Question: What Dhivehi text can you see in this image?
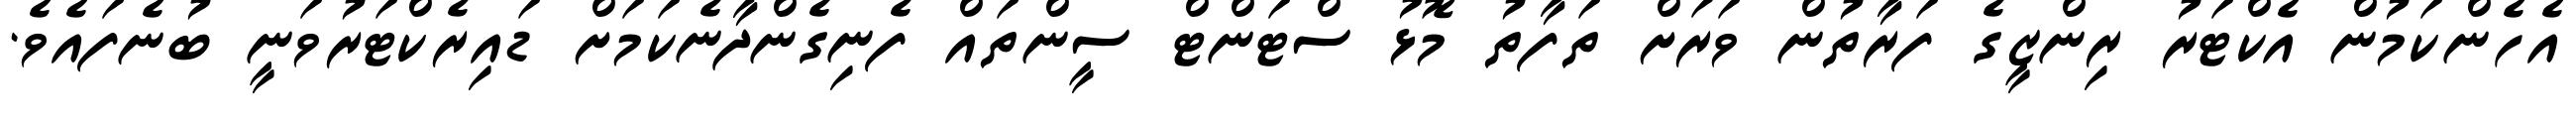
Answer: އެހެންކަމުން އެކްޓަރު ރިންޒީގެ ފަރާތުން ވަރަށް ތަފާތު މޮޅު ސްޓަންޓް ސީންތައް ފެނިގެންދާނެކަމަށް ޑައިރެކްޓަރުވަނީ ބުނެފައެވެ.